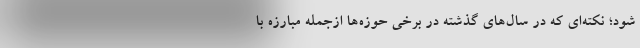
شود؛ نکته‌ای که در سال‌های گذشته در برخی حوزه‌ها ازجمله مبارزه با